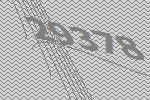
29378